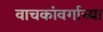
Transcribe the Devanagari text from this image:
वाचकांवर्गाच्या